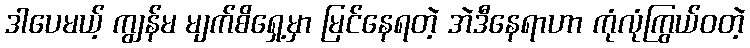
ဒါပေမယ့် ကျွန်မ မျက်စိရှေ့မှာ မြင်နေရတဲ့ အဲဒီနေရာဟာ ကုံလုံကြွယ်ဝတဲ့